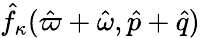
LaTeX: \hat{f}_{\kappa}(\hat{\varpi}+\hat{\omega},\hat{p}+\hat{q})